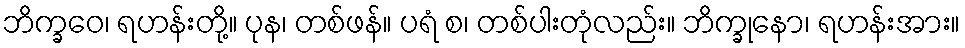
ဘိက္ခဝေ၊ ရဟန်းတို့။ ပုန၊ တစ်ဖန်။ ပရံ စ၊ တစ်ပါးတုံလည်း။ ဘိက္ခုနော၊ ရဟန်းအား။